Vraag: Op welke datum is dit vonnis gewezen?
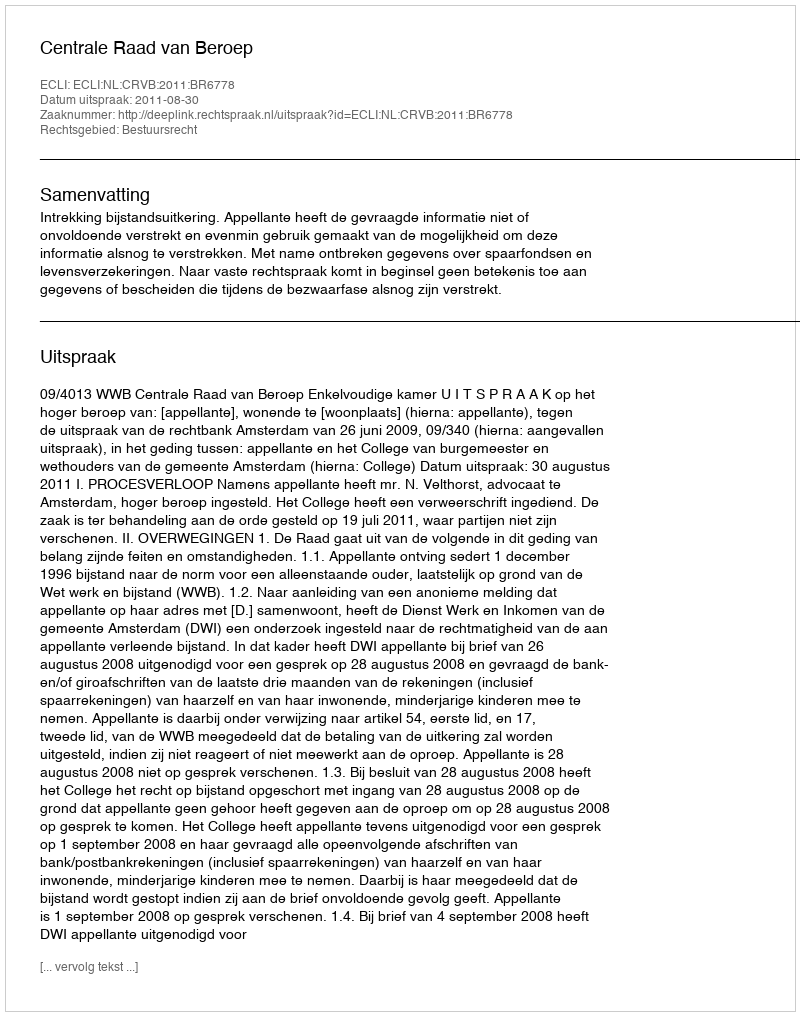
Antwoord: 2011-08-30